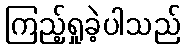
ကြည့်ရှုခဲ့ပါသည်